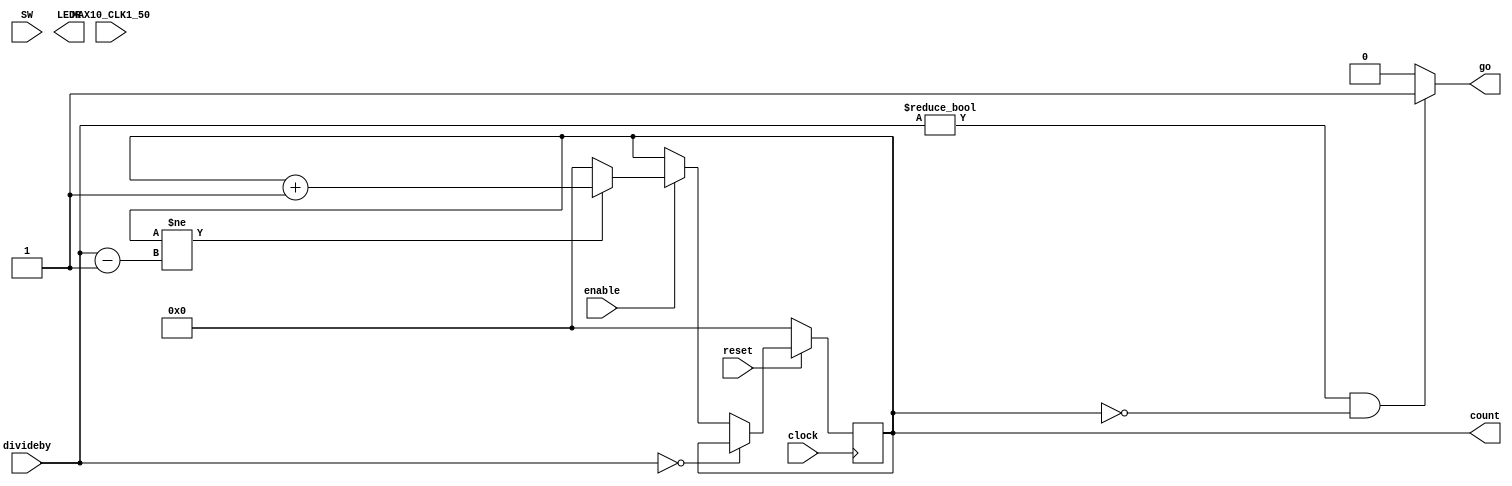
module PulseGenerator(
	
	input reset,
	input clock,
	input enable,
	input [25:0]divideby,
	output reg  go,
	input [9:4] SW,
	output reg [25:0] count,
	output reg [9:0]	LEDR,
	input MAX10_CLK1_50
);



//=======================================================
//  REG/WIRE declarations
//=======================================================
//reg[5:0] count;
reg[25:0] count_c;
wire[25:0] maxcount;


assign maxcount=divideby-1; 
//=======================================================
//  Structural coding
//=======================================================


initial begin
count=26'b00_0000_0000_0000_0000_0000_0000;
end
always@(*)begin
	count_c=count;
	go=0;
	if(count==26'b00_0000_0000_0000_0000_0000_0000)begin
	go=1;
	end
	if(count!=maxcount)begin
		count_c=count+26'b00_0000_0000_0000_0000_0000_0001;
	end
	else begin
		count_c=26'b00_0000_0000_0000_0000_0000_0000;
	end
	/*
	if(go==1)begin
		LEDR[0]=1;
	end
	*/
	if(enable==0)begin
		count_c=count;
	end
	if(divideby==26'b00_0000_0000_0000_0000_0000_0000)begin
		go=0;
		count_c=count;
	end
	
	if((divideby!=26'b00_0000_0000_0000_0000_0000_0000)&&(count==26'b00_0000_0000_0000_0000_0000_0000))begin
	go=1;
	end
	else begin
	go=0;
	end
	
	if(reset==0)begin
		count_c=26'b00_0000_0000_0000_0000_0000_0000;
	end
end

always@(posedge clock)begin
	count<=#1 count_c;
end

endmodule